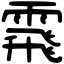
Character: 䬠